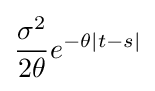
{\frac {\sigma ^{2}}{2\theta }}e^{-\theta |t-s|}